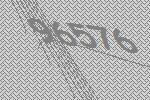
96576